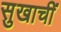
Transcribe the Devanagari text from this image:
सुखाचीं